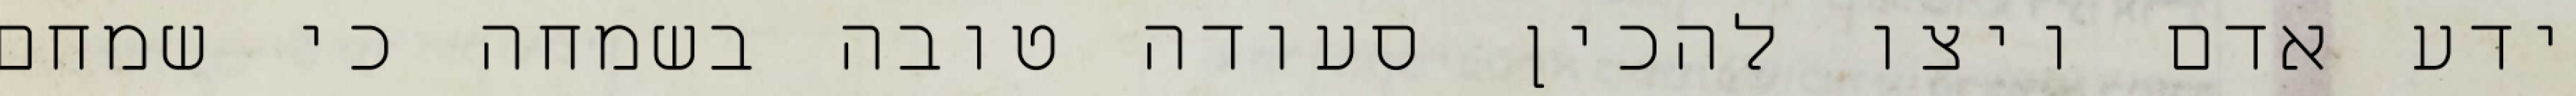
ידע אדם ויצו להכין סעודה טובה בשמחה כי שמחם